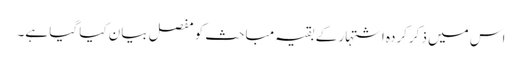
اس میں ذکرکردہ اشتہار کے بقیہ مباحث کو مفصل بیان کیا گیا ہے۔